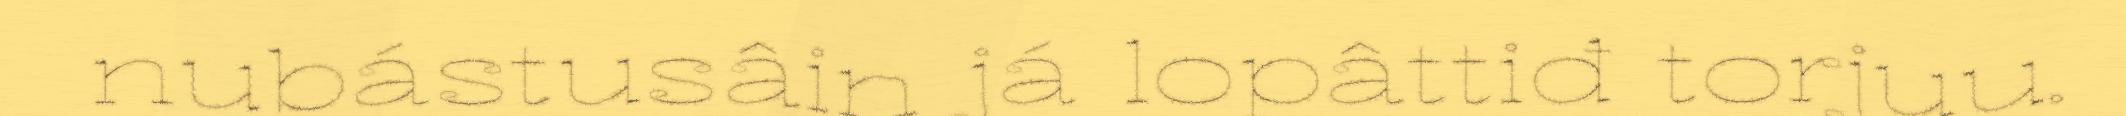
nubástusâin já lopâttiđ torjuu.